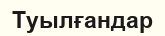
Туылғандар